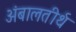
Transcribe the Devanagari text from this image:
अंबालतीर्थ